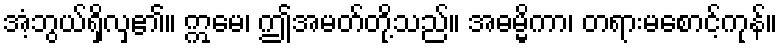
အံ့ဘွယ်ရှိလှ၏။ ဣမေ၊ ဤအမတ်တို့သည်။ အဓမ္မိကာ၊ တရားမစောင့်ကုန်။